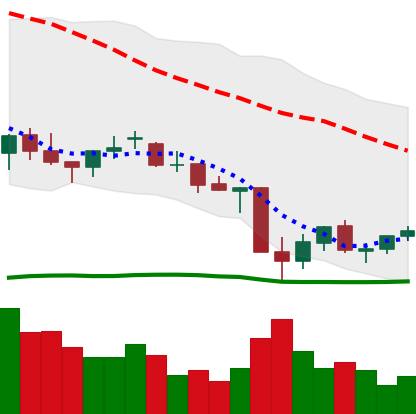
Ticker: EOS-USD
Chart end date: 2021-06-28
Forward return: 5.35%
Label: up_5_7